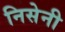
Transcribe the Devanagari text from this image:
निसेनी